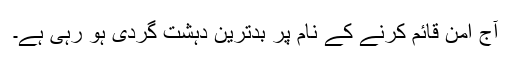
آج امن قائم کرنے کے نام پر بدترین دہشت گردی ہو رہی ہے۔